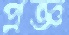
প্রজ্ঞ